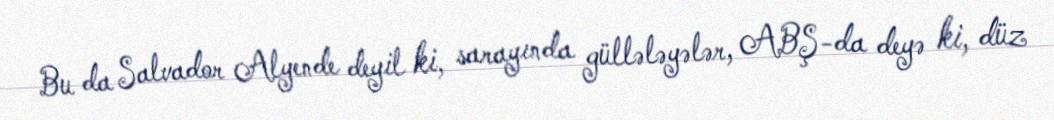
Bu da Salvador Alyende deyil ki, sarayında güllələyələr, ABŞ-da deyə ki, düz